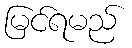
မြင်ရမည်